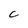
Character: c